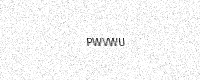
Text: PWVWU